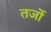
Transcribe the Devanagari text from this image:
तर्जो